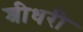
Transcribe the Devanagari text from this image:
श्रीधरी